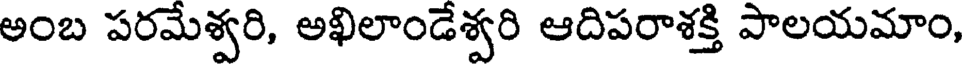
అంబ పరమేశ్వరి, అఖిలాండేశ్వరి ఆదిపరాశక్తి పాలయమాం,